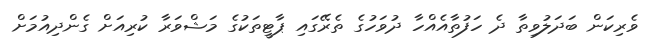
ވެރިކަން ބަދަލުވިތާ ދެ ހަފުތާއެއްހާ ދުވަހުގެ ތެރޭގައި ޕާޓީތަކުގެ މަޝްވަރާ ކުރިއަށް ގެންދިއުމަށް